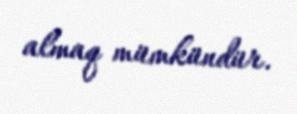
almaq mümkündür.